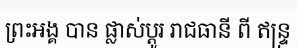
ព្រះអង្គ បាន ផ្លាស់ប្តូរ រាជធានី ពី ឥន្ទ្រ